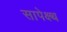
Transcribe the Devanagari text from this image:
सापेक्ष्थ